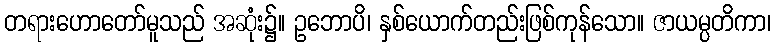
တရားဟောတော်မူသည် အဆုံး၌။ ဥဘောပိ၊ နှစ်ယောက်တည်းဖြစ်ကုန်သော။ ဇာယမ္ပတိကာ၊